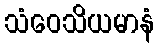
သံဝေသိယမာနံ